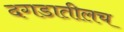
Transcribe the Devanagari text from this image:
दगडातीलच